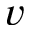
v